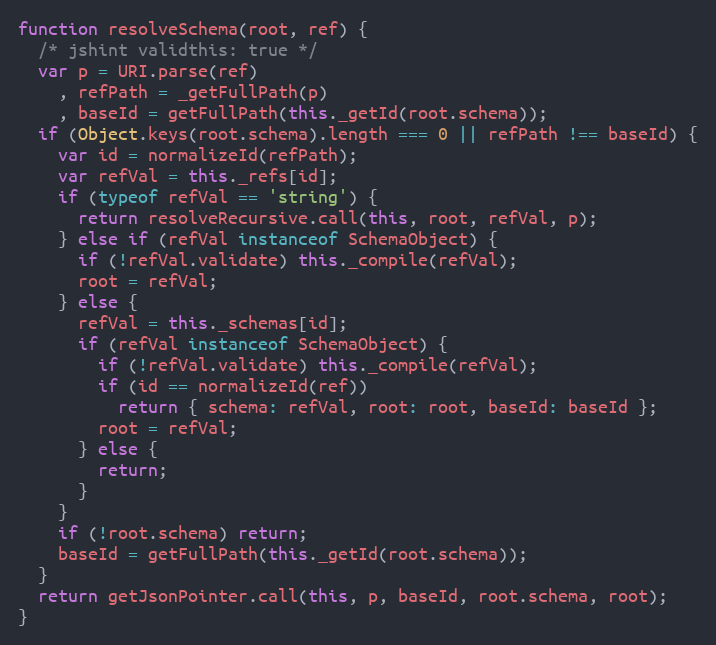
Language: JavaScript
function resolveSchema(root, ref) {
  /* jshint validthis: true */
  var p = URI.parse(ref)
    , refPath = _getFullPath(p)
    , baseId = getFullPath(this._getId(root.schema));
  if (Object.keys(root.schema).length === 0 || refPath !== baseId) {
    var id = normalizeId(refPath);
    var refVal = this._refs[id];
    if (typeof refVal == 'string') {
      return resolveRecursive.call(this, root, refVal, p);
    } else if (refVal instanceof SchemaObject) {
      if (!refVal.validate) this._compile(refVal);
      root = refVal;
    } else {
      refVal = this._schemas[id];
      if (refVal instanceof SchemaObject) {
        if (!refVal.validate) this._compile(refVal);
        if (id == normalizeId(ref))
          return { schema: refVal, root: root, baseId: baseId };
        root = refVal;
      } else {
        return;
      }
    }
    if (!root.schema) return;
    baseId = getFullPath(this._getId(root.schema));
  }
  return getJsonPointer.call(this, p, baseId, root.schema, root);
}